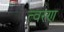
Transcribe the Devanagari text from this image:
त्‍वरण